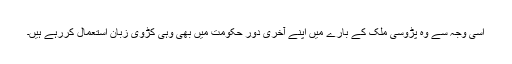
اسی وجہ سے وہ پڑوسی ملک کے بارے میں اپنے آخری دور حکومت میں بھی وہی کڑوی زبان استعمال کررہے ہیں۔